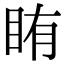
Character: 𬑐